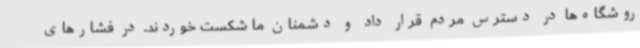
روشگاه‌ها در دسترس مردم قرار داد و دشمنان ما شکست خوردند. در فشارهای